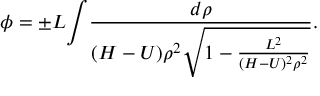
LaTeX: { \phi } = { \pm } L { { \int } { \frac { d \rho } { ( H - U ) \rho ^ { 2 } { \sqrt { 1 - { \frac { L ^ { 2 } } { ( H - U ) ^ { 2 } \rho ^ { 2 } } } } } } } } .